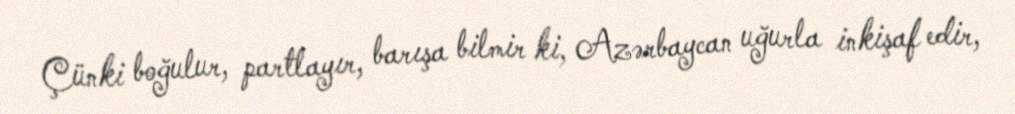
Çünki boğulur, partlayır, barışa bilmir ki, Azərbaycan uğurla inkişaf edir,